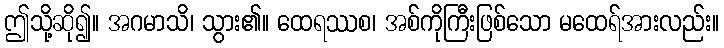
ဤသို့ဆို၍။ အဂမာသိ၊ သွား၏။ ထေရဿစ၊ အစ်ကိုကြီးဖြစ်သော မထေရ်အားလည်း။